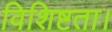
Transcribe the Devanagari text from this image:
विशिष्टता।